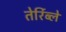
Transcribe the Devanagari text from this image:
तेर्रिब्ले